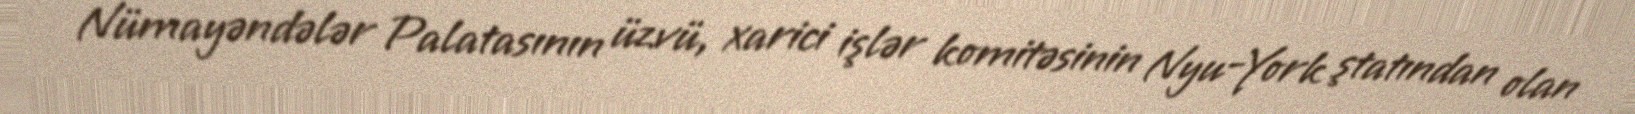
Nümayəndələr Palatasının üzvü, xarici işlər komitəsinin Nyu-York ştatından olan